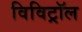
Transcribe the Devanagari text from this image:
विविट्रॉल